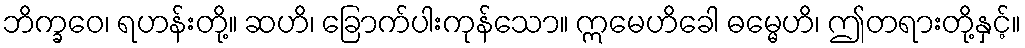
ဘိက္ခဝေ၊ ရဟန်းတို့။ ဆဟိ၊ ခြောက်ပါးကုန်သော။ ဣမေဟိခေါ ဓမ္မေဟိ၊ ဤတရားတို့နှင့်။